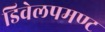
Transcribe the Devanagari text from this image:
डिवेलपमण्ट